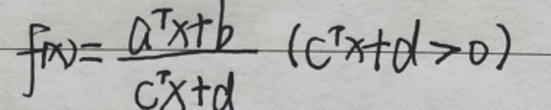
$f(x)=\frac{a^{\mathrm{T}}x + b}{c^{\mathrm{T}}x + d}(c^{\mathrm{T}}x + d>0)$